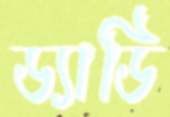
ড্যাডি